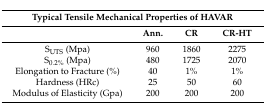
| <COLSPAN=4> Typical Tensile Mechanical Properties of HAVAR |
 |  | Ann. | CR | CR-HT |
 | --- | --- | --- | --- |
 | SUTS (Mpa) | 960 | 1860 | 2275 |
 | S0.2% (Mpa) | 480 | 1725 | 2070 |
 | Elongation to Fracture (%) | 40 | 1% | 1% |
 | Hardness (HRc) | 25 | 50 | 60 |
 | Modulus of Elasticity (Gpa) | 200 | 200 | 200 |